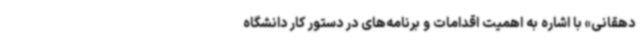
دهقانی» با اشاره به اهمیت اقدامات و برنامه‌های در دستور کار دانشگاه